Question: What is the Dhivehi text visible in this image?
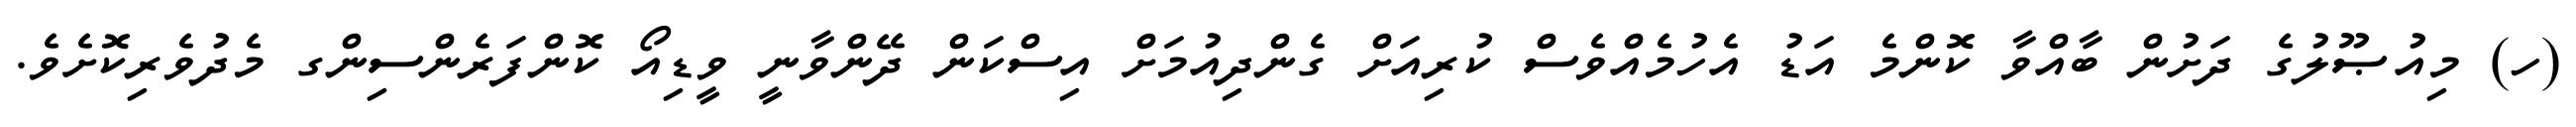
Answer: (ހ) މިއުޞޫލުގެ ދަށުން ބާއްވާ ކޮންމެ އަޑު އެހުމެއްވެސް ކުރިއަށް ގެންދިއުމަށް އިސްކަން ދޭންވާނީ ވީޑިއޯ ކޮންފަރެންސިންގ މެދުވެރިކޮށެވެ.